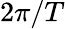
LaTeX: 2\pi/T